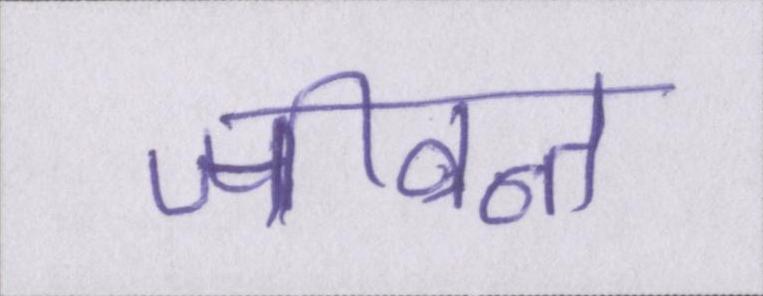
जीवन्त